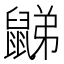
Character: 𪕧